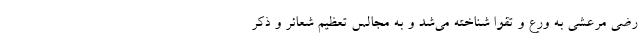
رضی مرعشی به ورع و تقوا شناخته می‌شد و به مجالس تعظیم شعائر و ذکر